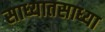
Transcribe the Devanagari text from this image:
साध्यातसाध्या